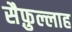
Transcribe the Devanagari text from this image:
सैफ़ुल्लाह